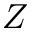
Z